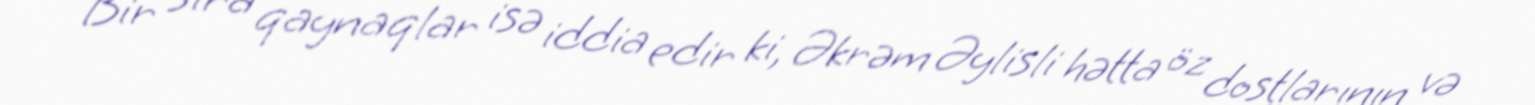
Bir sıra qaynaqlar isə iddia edir ki, Əkrəm Əylisli hətta öz dostlarının və